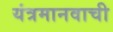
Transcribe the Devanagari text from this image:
यंत्रमानवाची